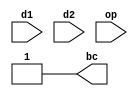
module br_ctrl(
    input wire [31:0] d1,
    input wire [31:0] d2,
    input wire [16:0] op,
    output reg bc
    );
    
    // Remember the structure of op
    // {funct7, funct3, opcode}
    // funct7 is not used
    wire opcode;
    wire funct3;
    
    assign opcode = op[6:0];
    assign funct3 = op[9:7];
    
    // bc = 0 -> PC=PC+4
    // bc = 1 -> PC=PC+sign_ext(imm)
    always@(*)
    begin
        if(opcode == 7'b1100011)
        begin
            case(funct3)
                3'b000: begin   // BEQ
                    if(d1 == d2) bc = 1;
                    else bc = 0;
                end
                3'b001: begin
                    if(d1 != d2) bc = 1;
                    else bc = 0;
                end
                3'b100: begin
                    if($signed(d1) < $signed(d2)) bc = 1;
                    else bc = 0;
                end
                3'b101: begin
                    if($signed(d1) > $signed(d2)) bc = 1;
                    else bc = 0;
                end
                3'b110: begin
                    if(d1 < d2) bc = 1;
                    else bc = 0;
                end
                3'b111: begin
                    if(d1 > d2) bc = 1;
                    else bc = 0;
                end
                default: bc = 1;
            endcase
        end
        else bc = 1;
    end
    
endmodule